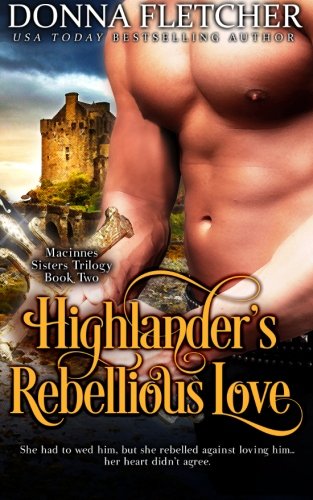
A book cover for Highlander's Rebellious Love (Macinnes Sisters Trilogy) (Volume 2); Donna Fletcher; Romance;